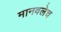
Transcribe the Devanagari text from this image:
मानवलेच